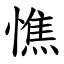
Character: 憔